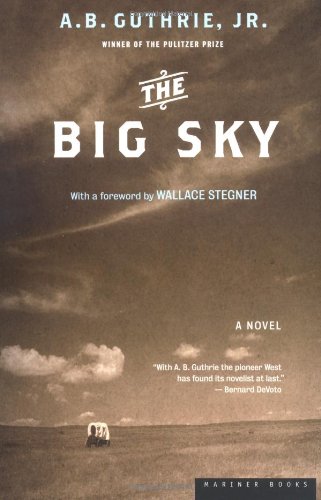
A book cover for The Big Sky; A. B. Guthrie Jr.; Literature & Fiction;